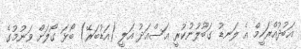
އަބުދުއްރަހީމް އެ ލަނޑު ގަބޫލުނުކުރީ އަސްއަދު އަލީ (އަޑުބަރޭ) ބޯޅަ ގޯލަށް ވަނުމުގެ